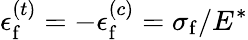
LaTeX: \epsilon_{\mathrm{f}}^{(t)}=-\epsilon_{\mathrm{f}}^{(c)}={\sigma_{\mathrm{f}}}/{E^{*}}